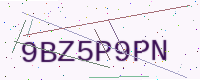
Text: 9BZ5P9PN